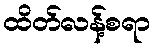
ထိတ်လန့်စရာ